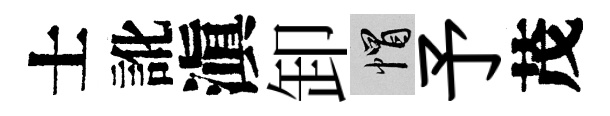
士訛滇卸帽予茂